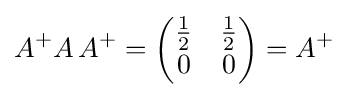
A^{+}A\,A^{+}={\begin{pmatrix}{\frac {1}{2}}&{\frac {1}{2}}\\0&0\end{pmatrix}}=A^{+}